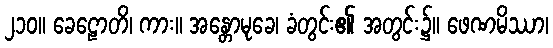
၂၁၀။ ခေဠောတိ၊ ကား။ အန္တောမုခေ၊ ခံတွင်း၏ အတွင်း၌။ ဖေဏမိဿာ၊